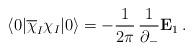
LaTeX: \begin{align*}\langle0\vert \overline{\chi}_I \chi_I \vert 0 \rangle = - {1 \over 2 \pi}\,{1 \over \partial_-} {\bf E}_1 \,.\end{align*}